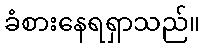
ခံစားနေရရှာသည်။